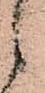
候